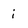
Character: i